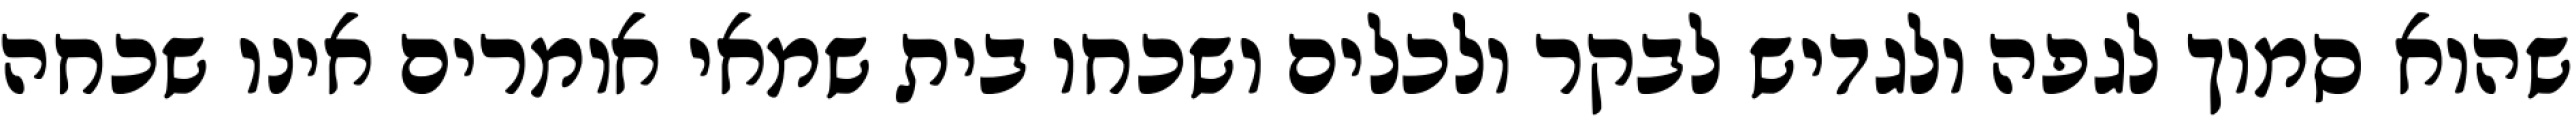
שהוא סמוך לגפה ולגדיש לבקר ולכלים ושכחו בית שמאי אומרים אינו שכחה